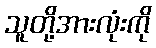
သူတို့အားလုံးကို